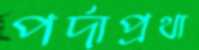
পর্দাপ্রথা